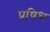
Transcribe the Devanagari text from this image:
प्रषिध